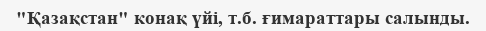
"Қазақстан" конақ үйі, т.б. ғимараттары салынды.